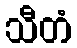
သီတံ